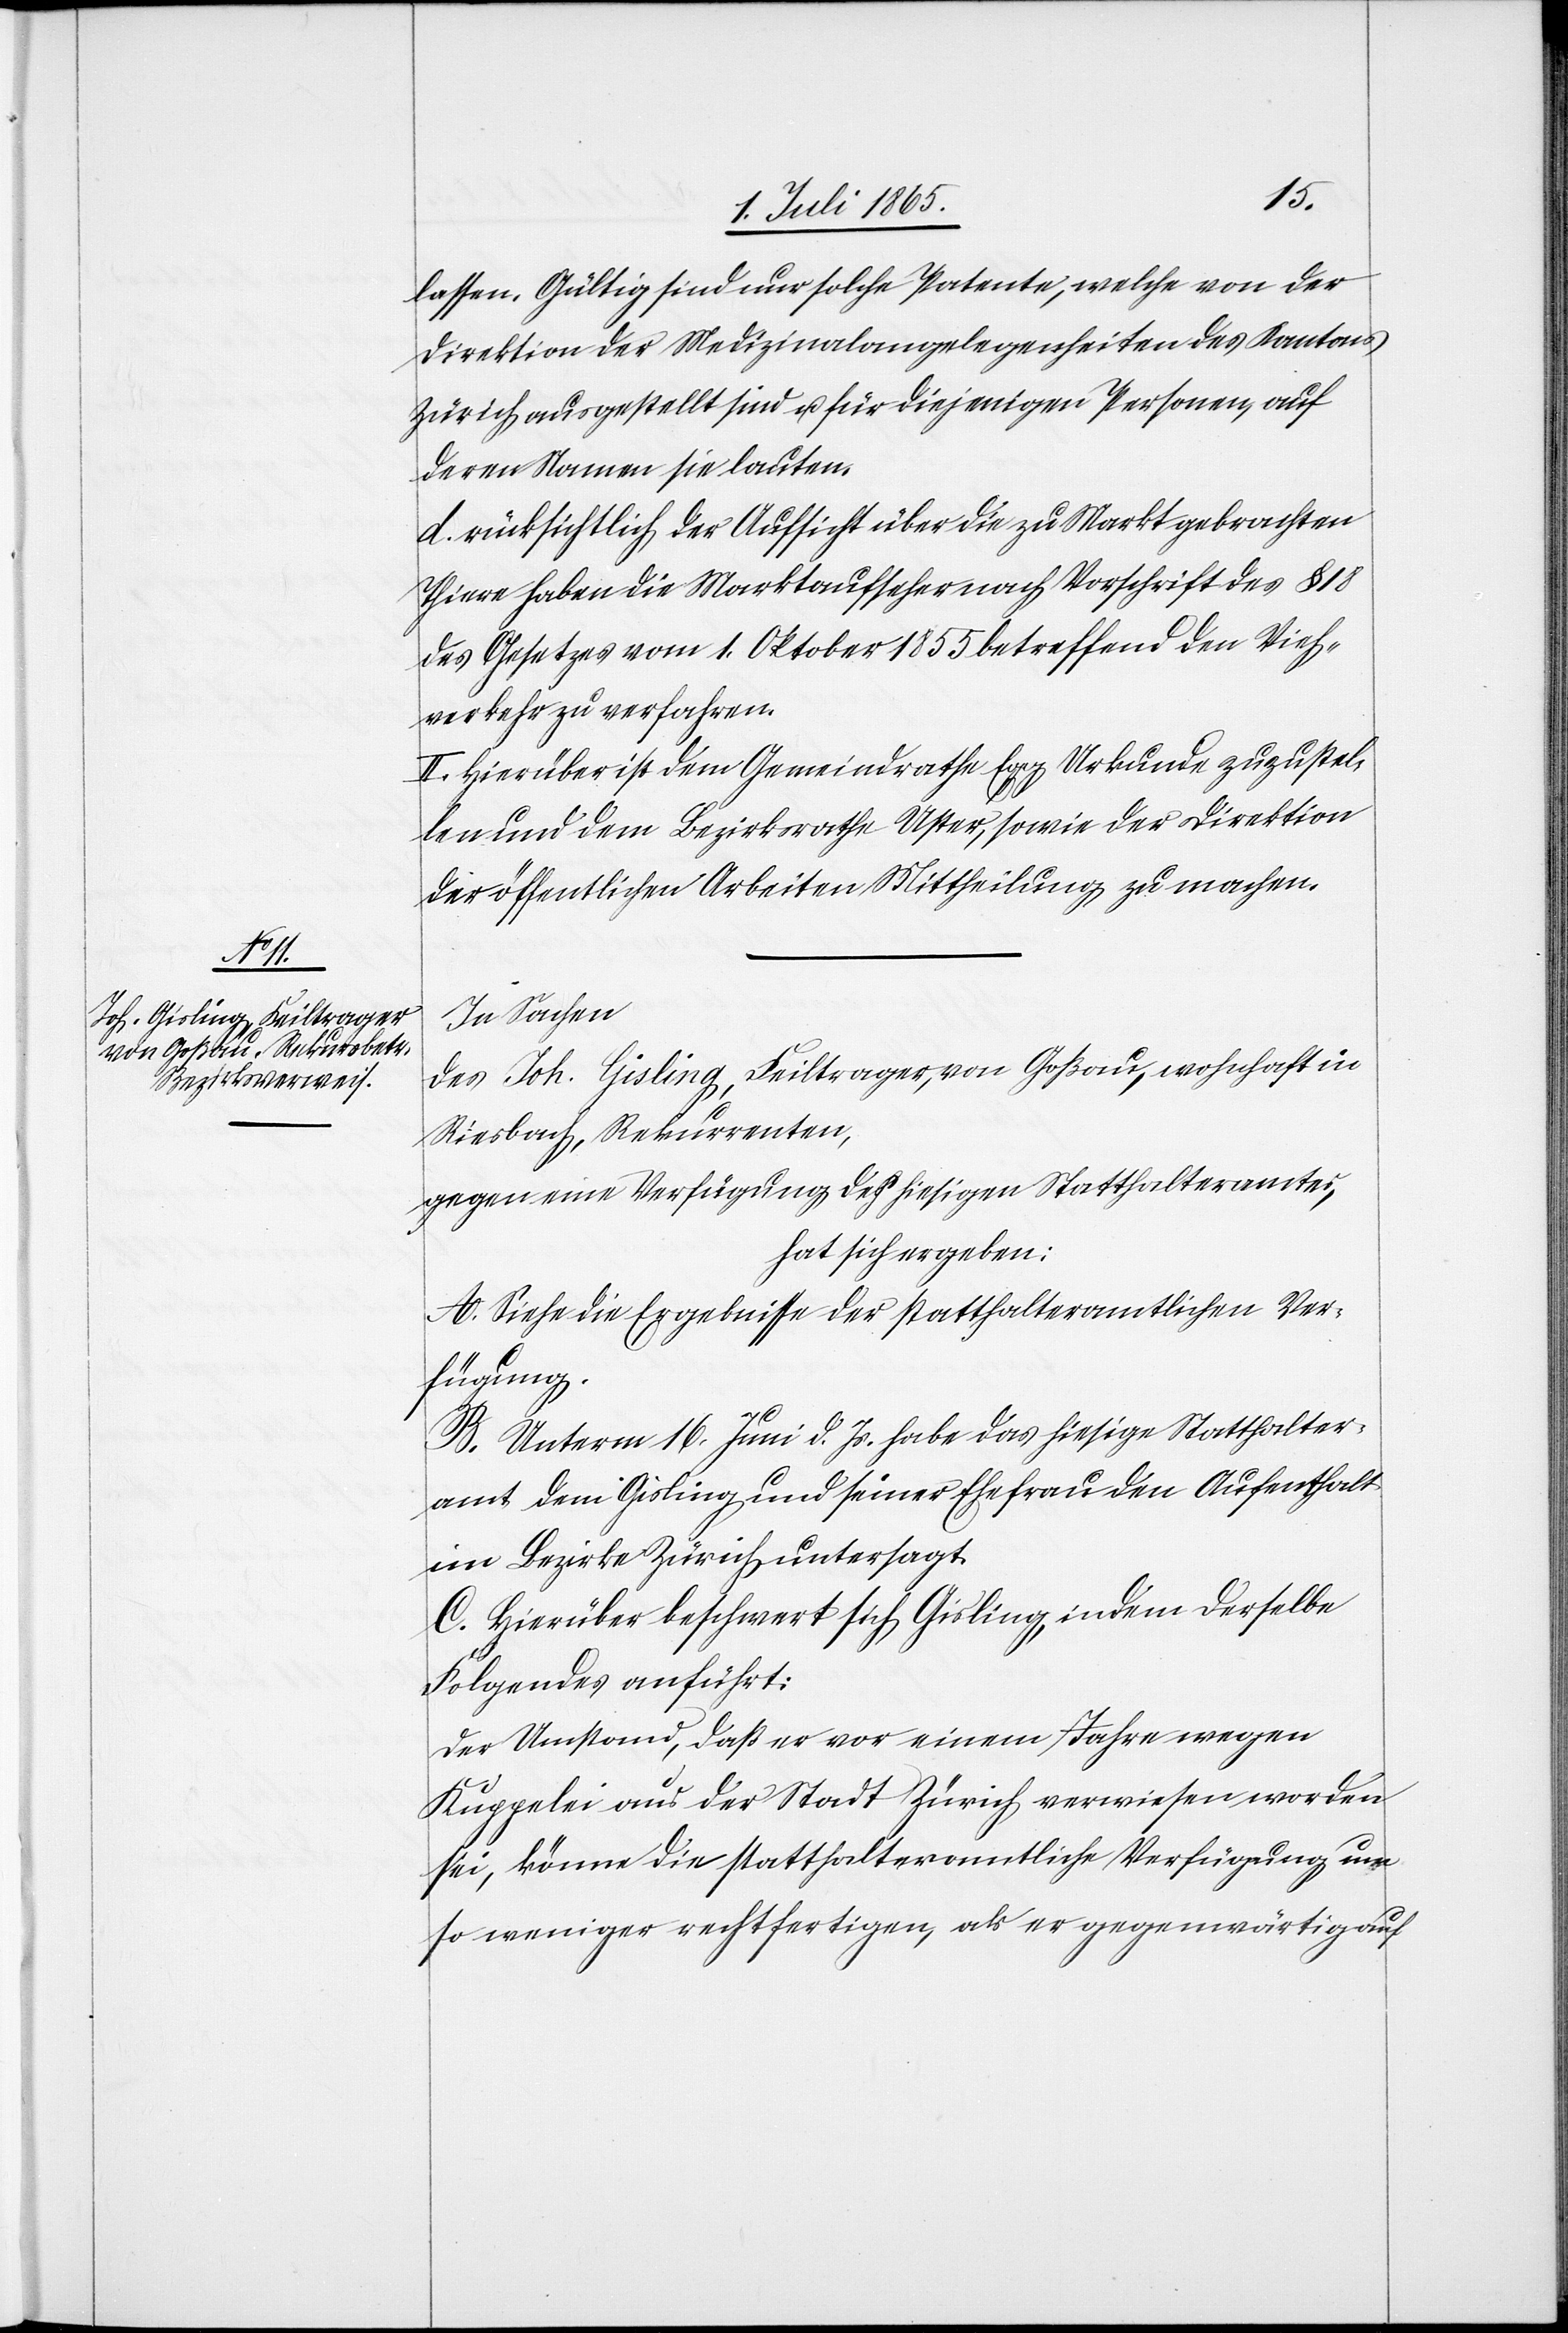
lassen. Gültig sind nur solche Patente, welche von der
Direktion der Medizinalangelegenheiten des Kantons
Zürich ausgestellt sind u. für diejenigen Personen, auf
deren Namen sie lauten.
d. rücksichtlich der Aufsicht über die zu Markt gebrachten
Thiere haben die Marktaufseher nach Vorschrift des § 18
des Gesetzes vom 1. Oktober 1855 betreffend den Vieh¬
verkehr zu verfahren.
II. Hierüber ist dem Gemeindrathe Egg Urkunde zuzustel¬
len und dem Bezirksrathe Uster, sowie der Direktion
der öffentlichen Arbeiten Mittheilung zu machen.
In Sachen
des Joh. Gisling, Feiltrager, von Goßau, wohnhaft in
Riesbach, Rekurrenten,
gegen eine Verfügung des hiesigen Statthalteramtes,
hat sich ergeben:
A. Siehe die Ergebnisse der statthalteramtlichen Ver¬
fügung.
B. Unterm 16. Juni d. Js. habe das hiesige Statthalter¬
amt dem Gisling und seiner Ehefrau den Aufenthalt
im Bezirke Zürich untersagt.
C. Hierüber beschwert sich Gisling, indem derselbe
Folgendes anführt:
Der Umstand, daß er vor einem Jahre wegen
Kuppelei aus der Stadt Zürich verwiesen worden
sei, könne die statthalteramtliche Verfügung um
so weniger rechtfertigen, als er gegenwärtig auf